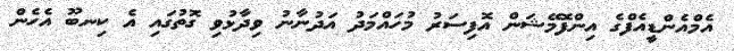
އެމްއެންޑީއެފްގެ އިންފޮމޭޝަން އޮފިސަރު މުހައްމަދު އަދުނާނު ވިދާޅުވި ގޮތުގައި އެ ކިނބޫ އެހެން